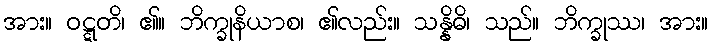
အား။ ဝဋ္ဋတိ၊ ၏။ ဘိက္ခုနိယာစ၊ ၏လည်း။ သန္နိဓိ၊ သည်။ ဘိက္ခုဿ၊ အား။